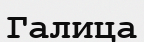
Галица